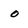
Character: o